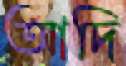
আদি